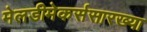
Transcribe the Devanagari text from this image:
मेलडीमेकर्ससारख्या